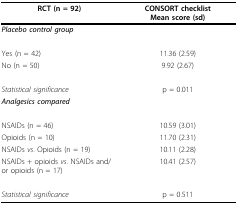
<table><thead><tr><td><b>RCT (n = 92)</b></td><td><b>CONSORT checklistMean score (sd)</b></td></tr></thead><tbody><tr><td><b><i>Placebo control group</i></b></td><td></td></tr><tr><td>Yes (n = 42)</td><td>11.36 (2.59)</td></tr><tr><td>No (n = 50)</td><td>9.92 (2.67)</td></tr><tr><td><i>Statistical significance</i></td><td>p = 0.011</td></tr><tr><td><b><i>Analgesics compared</i></b></td><td></td></tr><tr><td>NSAIDs (n = 46)</td><td>10.59 (3.01)</td></tr><tr><td>Opioids (n = 10)</td><td>11.70 (2.31)</td></tr><tr><td>NSAIDs <i>vs</i>. Opioids (n = 19)</td><td>10.11 (2.28)</td></tr><tr><td>NSAIDs + opioids <i>vs</i>. NSAIDs and/or opioids (n = 17)</td><td>10.41 (2.57)</td></tr><tr><td><i>Statistical significance</i></td><td>p = 0.511</td></tr></tbody></table>